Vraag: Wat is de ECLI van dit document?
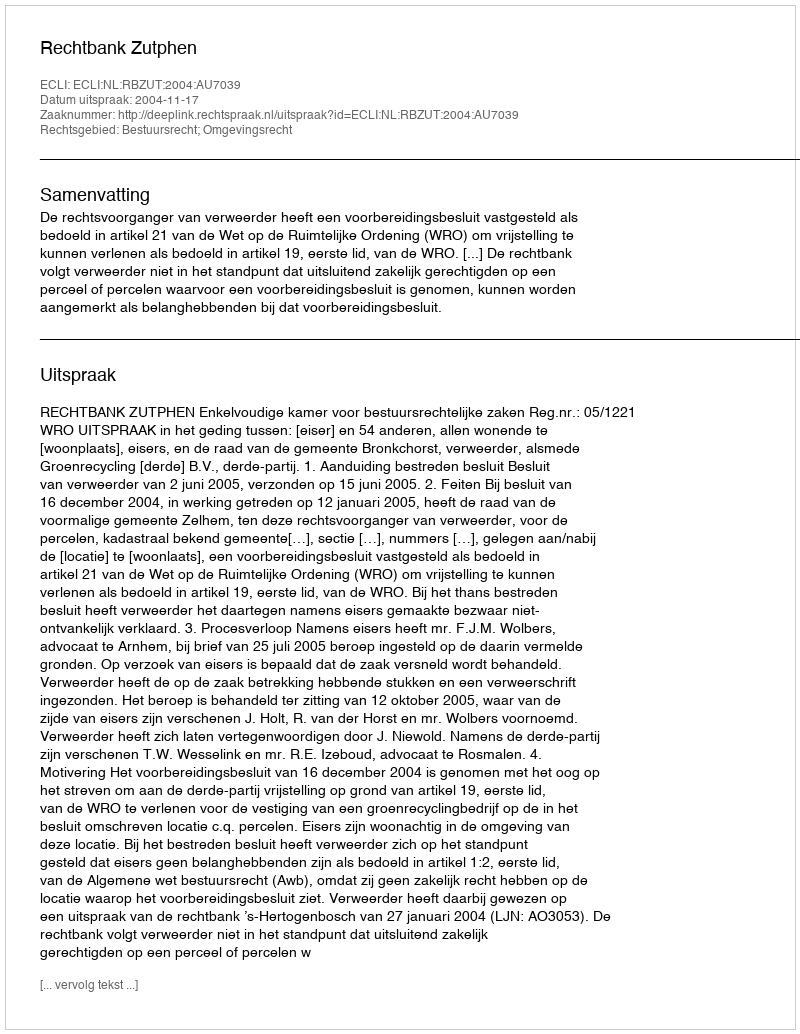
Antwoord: ECLI:NL:RBZUT:2004:AU7039